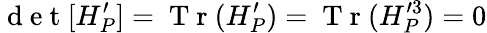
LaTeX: \mathrm{~d~e~t~}[H_{P}^{\prime}]=\mathrm{~T~r~}(H_{P}^{\prime})=\mathrm{~T~r~}(H_{P}^{\prime 3})=0